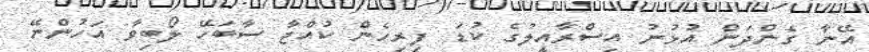
އޭނާ ގެންދަން އުޅުނު އިސްރާއީލުގެ ކުޑަ ފިރިހެން ކުއްޖާ ސާބަހޭ ލޯބިވާ އަހުންނޭ